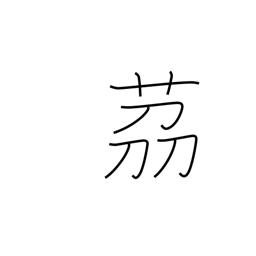
Meaning: small onion